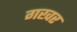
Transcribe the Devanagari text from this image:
गखर